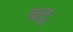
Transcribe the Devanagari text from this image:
ऋतुः